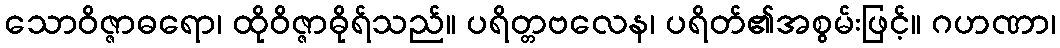
သောဝိဇ္ဇာဓရော၊ ထိုဝိဇ္ဇာဓိုရ်သည်။ ပရိတ္တဗလေန၊ ပရိတ်၏အစွမ်းဖြင့်။ ဂဟဏာ၊